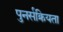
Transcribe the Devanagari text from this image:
पुनर्सक्रियता